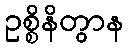
ဥစ္စိနိတွာန